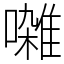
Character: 𫝜